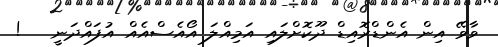
ވާވޭ އިން އެންޑްރޮއިޑް ދޫކޮށްލައި އަމިއްލަ އޯއެސްއެއް އުފައްދަނީ   !